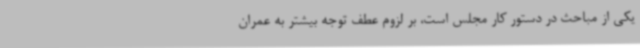
یکی از مباحث در دستور کار مجلس است، بر لزوم عطف توجه بیشتر به عمران